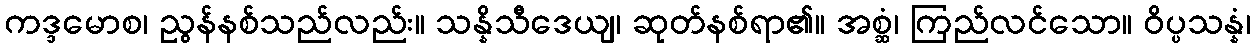
ကဒ္ဒမောစ၊ ညွန်နစ်သည်လည်း။ သန္နိသီဒေယျ၊ ဆုတ်နစ်ရာ၏။ အစ္ဆံ၊ ကြည်လင်သော။ ဝိပ္ပသန္နံ၊